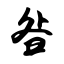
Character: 昝